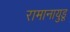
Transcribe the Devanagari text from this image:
रामानायुडू